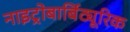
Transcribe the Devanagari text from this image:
नाइट्रोबार्बिट्यूरिक